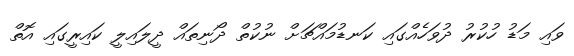
ވައި މަޑު ހުކުރު ދުވަހެއްގައި ކަނޑުމައްޗަށް ނުކުތް ދޯނިތައް ދީލައިލީ ކައިރީގައި އޮތް